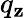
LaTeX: q_{\mathbf{z}}